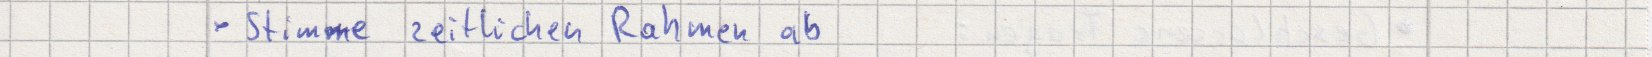
- Stimme zeitlichen Rahmen ab